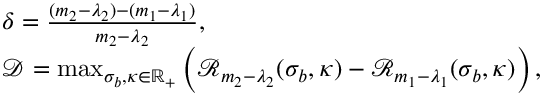
\begin{array} { r l } & { \delta = \frac { ( m _ { 2 } - \lambda _ { 2 } ) - ( m _ { 1 } - \lambda _ { 1 } ) } { m _ { 2 } - \lambda _ { 2 } } , } \\ & { \mathcal { D } = \operatorname* { m a x } _ { \sigma _ { b } , \kappa \in \mathbb { R } _ { + } } \left( \mathcal { R } _ { m _ { 2 } - \lambda _ { 2 } } ( \sigma _ { b } , \kappa ) - \mathcal { R } _ { m _ { 1 } - \lambda _ { 1 } } ( \sigma _ { b } , \kappa ) \right) , } \end{array}